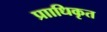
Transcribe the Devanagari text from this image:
प्रााधिकृत